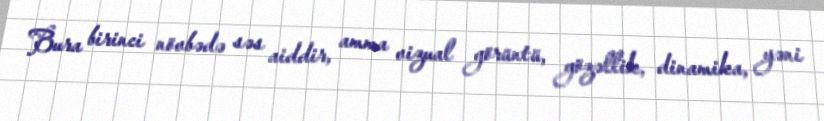
Bura birinci növbədə səs aiddir, amma vizual görüntü, gözəllik, dinamika, yəni